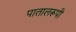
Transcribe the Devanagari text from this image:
पातालरूपी